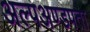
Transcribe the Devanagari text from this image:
अल्पअण्डपता